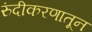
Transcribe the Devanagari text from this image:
रुंदीकरणातून